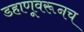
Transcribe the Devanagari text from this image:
डहाणूवरूनच